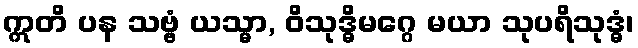
ဣတိ ပန သဗ္ဗံ ယသ္မာ, ဝိသုဒ္ဓိမဂ္ဂေ မယာ သုပရိသုဒ္ဓံ၊